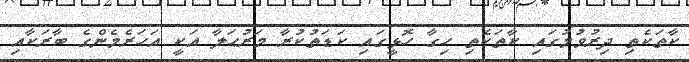
ކާތަކެތި ދިރުވުމުގައި ކާތަކެތި ހިގާ ހޮޅީގައި ކަޑަތުކުރާ މަރުޙަލާ އަކީ އަހަރެމެންގެ ބާރަކާއި